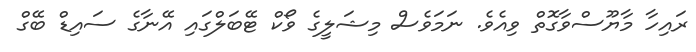
ރައިހާ މާޔޫސްވާގޮތް ވިއެވެ. ނަމަވެސް މިޝަލީގެ ވޯކް ޓޭބަލްގައި އޭނާގެ ސައިޑް ބޭގް